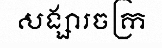
សង្សារចក្រ